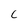
Character: C